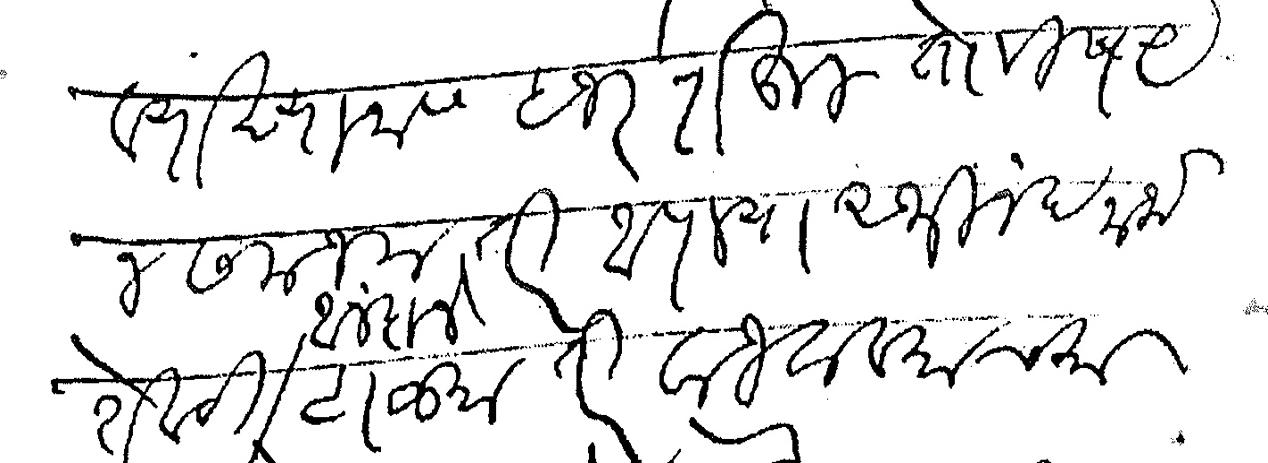
Transliteration (Devanagari): व्याख्यानास हजर राहून तो विषय न समजला तरी आपल्या अभिनंदनार्थ शेवटी आनंदाने टाळ्यातरी वाजवावयाच्या